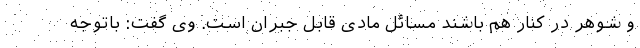
و شوهر در کنار هم باشند مسائل مادی قابل جبران است. وی گفت: باتوجه